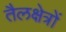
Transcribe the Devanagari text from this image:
तैलक्षेत्रों